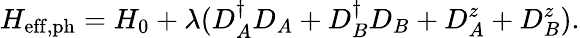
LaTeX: H_{\mathrm{eff,ph}}=H_{0}+\lambda(D_{A}^{\dagger}D_{A}+D_{B}^{\dagger}D_{B}+D_{A}^{z}+D_{B}^{z}).